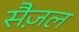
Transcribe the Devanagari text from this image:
सैज़ल